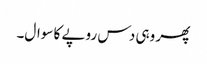
پھر وہی دس روپے کا سوال۔